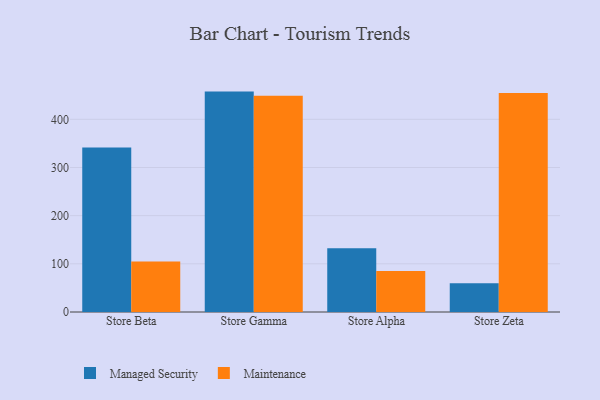
{"axis": {"x": "Store", "y": "Bounce Rate (%)"}, "legend": ["Maintenance", "Managed Security"], "data": [{"x": "Store Beta", "y": 341.6, "type": "Managed Security"}, {"x": "Store Beta", "y": 104.8, "type": "Maintenance"}, {"x": "Store Gamma", "y": 457.5, "type": "Managed Security"}, {"x": "Store Gamma", "y": 449.0, "type": "Maintenance"}, {"x": "Store Alpha", "y": 132.3, "type": "Managed Security"}, {"x": "Store Alpha", "y": 85.2, "type": "Maintenance"}, {"x": "Store Zeta", "y": 59.7, "type": "Managed Security"}, {"x": "Store Zeta", "y": 454.6, "type": "Maintenance"}]}